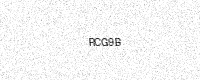
Text: RCG9B